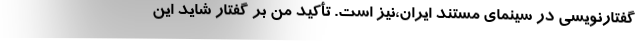
گفتارنویسی در سینمای مستند ایران،نیز است. تأکید من بر گفتار شاید این